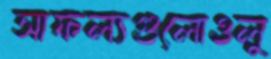
সাফল্যগুলোওলু